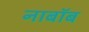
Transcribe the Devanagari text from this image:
नाबॉब